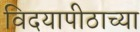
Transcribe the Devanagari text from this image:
विदयापीठाच्या